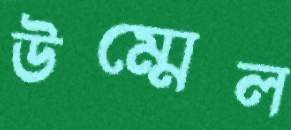
উম্মেল